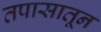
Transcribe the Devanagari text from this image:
तपासातून